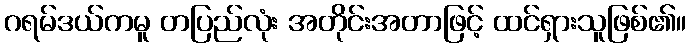
ဂရမ်ဒယ်ကမူ တပြည်လုံး အတိုင်းအတာဖြင့် ထင်ရှားသူဖြစ်၏။